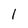
Character: 1